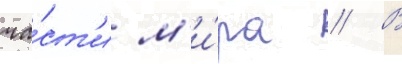
ча́ст'и м'и́ра // В